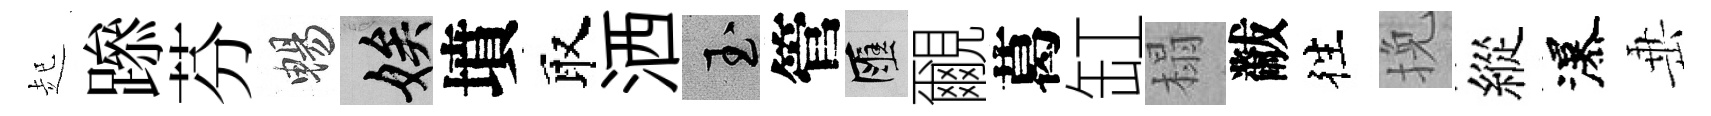
起𨅶芬暢娭墳取洒玉管匯覼葛缸榻黻徃挽縱瀑𡸁